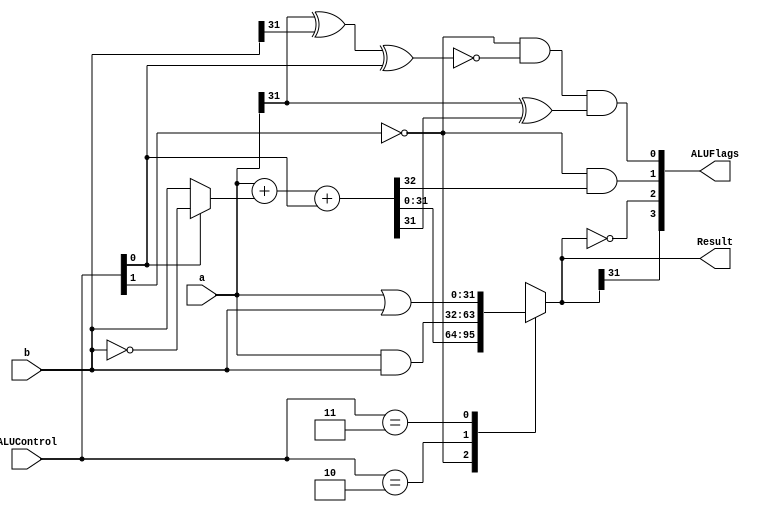
module alu(input  [31:0] a, b,
           input  [1:0]  ALUControl,
           output reg [31:0] Result,
           output wire [3:0]  ALUFlags);
    
	wire        neg, zero, carry, overflow;
    wire [31:0] condinvb;
    wire [32:0] sum;

    assign condinvb = ALUControl[0] ? ~b : b;
    assign sum = a + condinvb + ALUControl[0];

    always @(*)
    begin
        casex (ALUControl[1:0])
        2'b0?: Result = sum;
        2'b10: Result = a & b;
        2'b11: Result = a | b;
        endcase
    end
    assign neg      = Result[31];
    assign zero     = (Result == 32'b0);
    assign carry    = (ALUControl[1] == 1'b0) & sum[32];
    assign overflow = (ALUControl[1] == 1'b0) & ~(a[31] ^ b[31] ^ ALUControl[0]) & (a[31] ^ sum[31]);
    assign ALUFlags = {neg, zero, carry, overflow};
endmodule